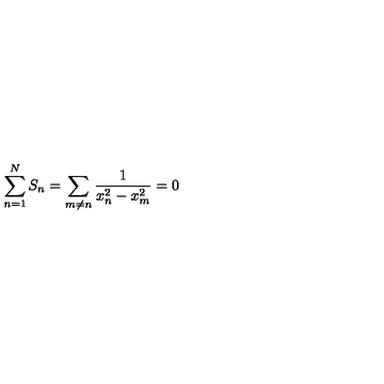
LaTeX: \sum _ { n = 1 } ^ { N } S _ { n } = \sum _ { m \ne n } \frac { 1 } { x _ { n } ^ { 2 } - x _ { m } ^ { 2 } } = 0